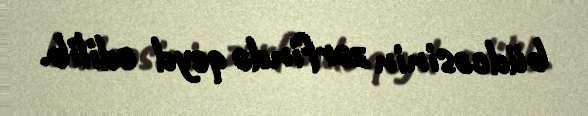
büdcəsinin zərfində qeyd edilib.